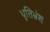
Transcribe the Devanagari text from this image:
धृतिभ्रंश